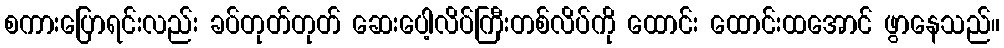
စကားပြောရင်းလည်း ခပ်တုတ်တုတ် ဆေးပေါ့လိပ်ကြီးတစ်လိပ်ကို ထောင်း ထောင်းထအောင် ဖွာနေသည်။